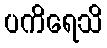
ပကိရေသိ